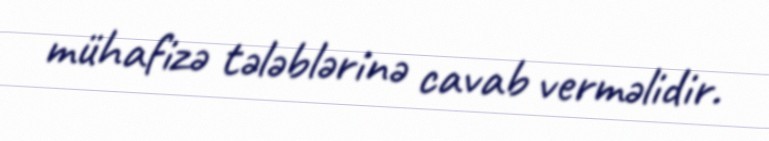
mühafizə tələblərinə cavab verməlidir.